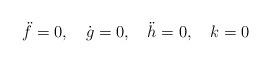
LaTeX: \begin{align*}\ddot f = 0, \quad \dot g = 0, \quad \ddot h = 0, \quad k = 0\end{align*}